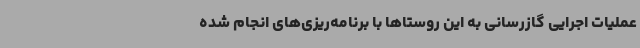
عملیات اجرایی گازرسانی به این روستاها با برنامه‌ریزی‌های انجام شده